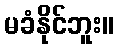
မခံနိုင်ဘူး။